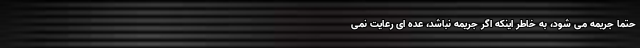
حتما جریمه می شود، به خاطر اینکه اگر جریمه نباشد، عده ای رعایت نمی